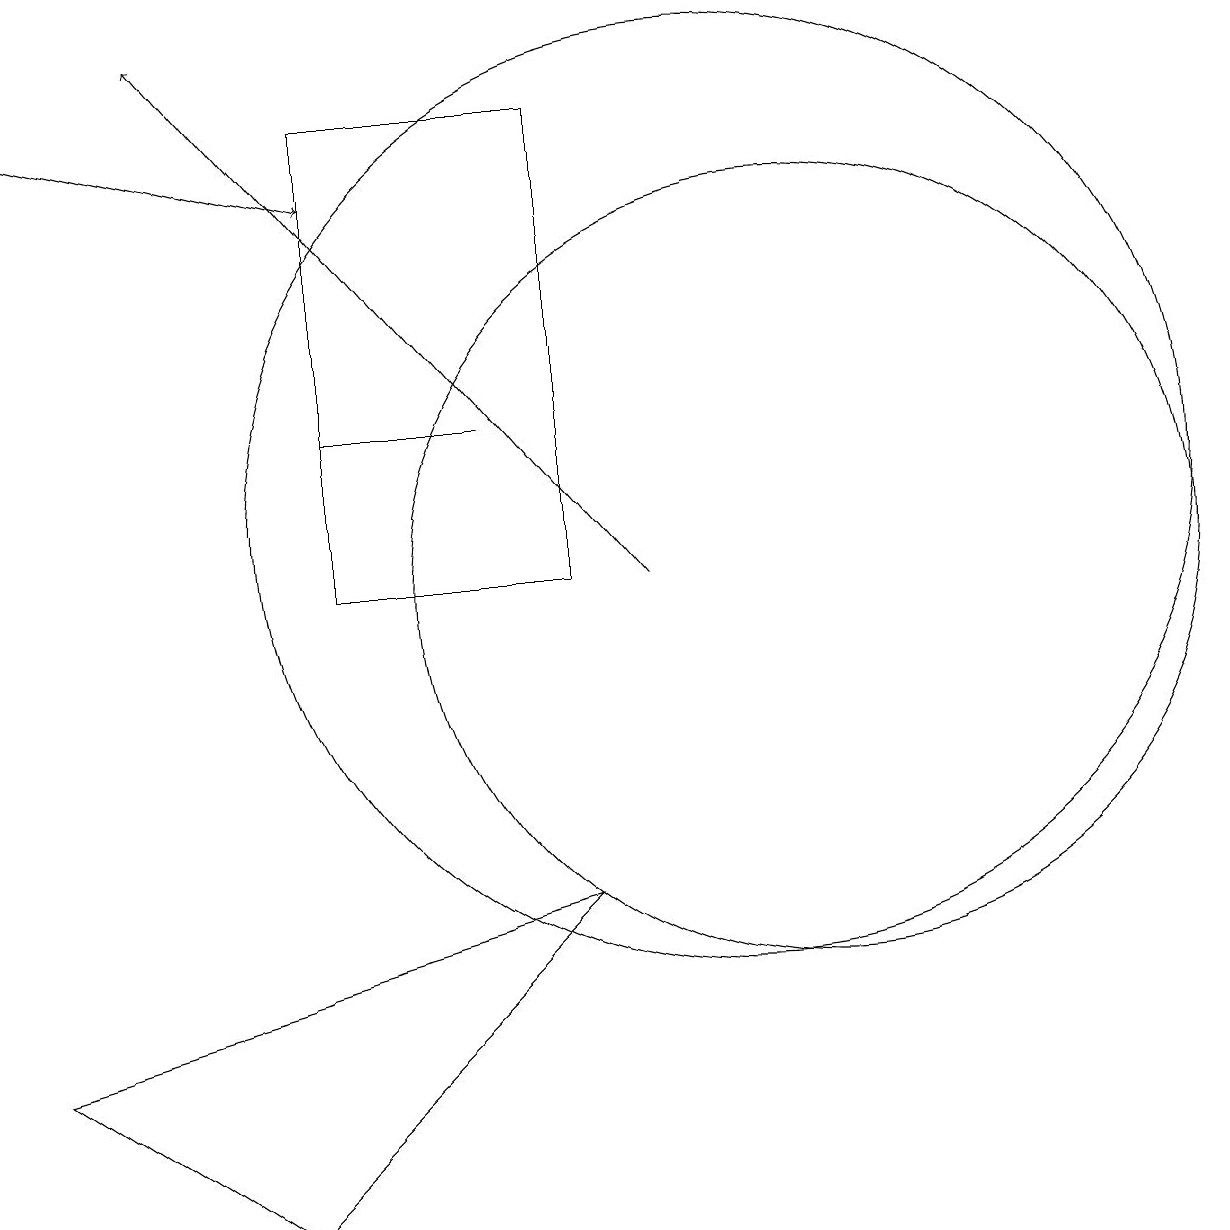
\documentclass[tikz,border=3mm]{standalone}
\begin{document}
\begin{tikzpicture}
\draw (5,12) rectangle (7,12);
\draw (10,11) circle (6);
\draw (11,10) circle (5);
\draw (2,12) rectangle (2,12);
\draw (8,6) -- (1,4) -- (4,2) -- cycle;
\draw[->] (9,10) -- (3,17);
\draw[->] (1,16) -- (5,15);
\draw (5,10) rectangle (8,16);
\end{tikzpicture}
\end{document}